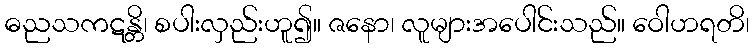
ဓညသကဋန္တိ၊ စပါးလှည်းဟူ၍။ ဇနော၊ လူများအပေါင်းသည်။ ဝေါဟရတိ၊